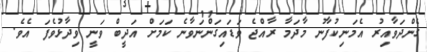
ގެންދަވާއިރު އެމަނިކުފާނު މާދަމާ ރާއްޖެ ވަޑައިގަންނަވާނެ ކަމަށް އަދީބް ވަނީ ވިދާޅުވެފަ އެވެ.